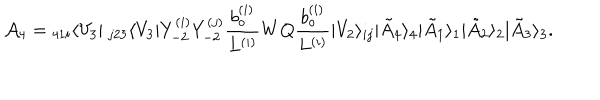
{ \cal A } _ { 4 } = { } _ { 4 1 i } \langle V _ { 3 } | ~ _ { j 2 3 } \langle V _ { 3 } | Y _ { - 2 } ^ { ( i ) } Y _ { - 2 } ^ { ( j ) } \frac { b _ { o } ^ { ( i ) } } { L ^ { ( i ) } } W Q \frac { b _ { o } ^ { ( i ) } } { L ^ { ( i ) } } | V _ { 2 } \rangle _ { i j } | \tilde { A } _ { 4 } \rangle _ { 4 } | \tilde { A } _ { 1 } \rangle _ { 1 } | \tilde { A } _ { 2 } \rangle _ { 2 } | \tilde { A } _ { 3 } \rangle _ { 3 } .